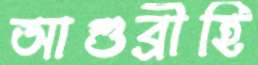
আশুব্রীহি